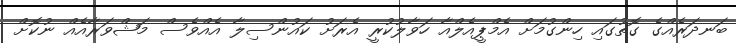
ބަނދަރެއްގެ ގޮތުގައި ހިންގުމަށް އެމްޕީއެލްއާ ހަވާލުކުރީ އެރަށު ކައުންސިލާ އެއްވެސް މަޝްވަރާއެއް ނުކޮށް